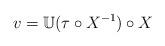
LaTeX: \begin{align*}v = {\mathbb U}(\tau\circ X^{-1})\circ X\end{align*}